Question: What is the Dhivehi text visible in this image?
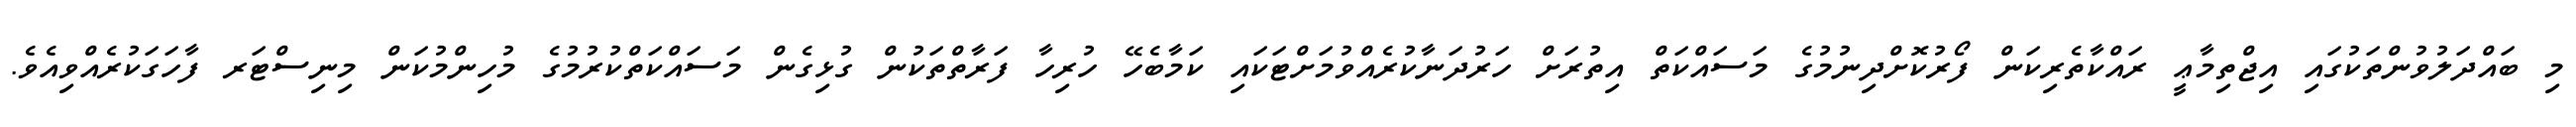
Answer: މި ބައްދަލުވުންތަކުގައި އިޖްތިމާޢީ ރައްކާތެރިކަން ފޯރުކޮށްދިނުމުގެ މަސައްކަތް އިތުރަށް ހަރުދަނާކުރެއްވުމަށްޓަކައި ކަމާބެހޭ ހުރިހާ ފަރާތްތަކުން ގުޅިގެން މަސައްކަތްކުރުމުގެ މުހިންމުކަން މިނިސްޓަރ ފާހަގަކުރެއްވިއެވެ.